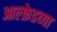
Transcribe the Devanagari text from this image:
आल्फ्रेडच्या